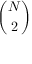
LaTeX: \binom { N } { 2 }